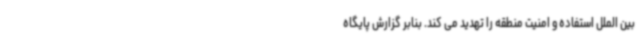
بین الملل استفاده و امنیت منطقه را تهدید می کند. بنابر گزارش پایگاه